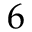
6